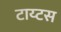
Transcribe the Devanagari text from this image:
टाय्टस